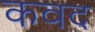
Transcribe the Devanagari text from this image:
कवद